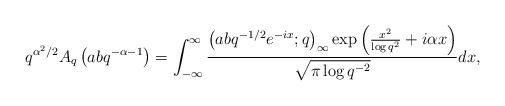
LaTeX: \begin{align*}q^{\alpha^{2}/2}A_{q}\left(abq^{-\alpha-1}\right)=\int_{-\infty}^{\infty}\frac{\left(abq^{-1/2}e^{-ix};q\right)_{\infty}\exp\left(\frac{x^{2}}{\log q^{2}}+i\alpha x\right)}{\sqrt{\pi\log q^{-2}}}dx,\end{align*}